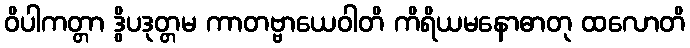
ဝိပါကတ္တာ ဒွိပဒုတ္တမ ကာတဗ္ဗာယေဝါတိ ကိရိယမနောဓာတု ထလောတိ